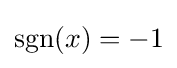
\operatorname {sgn}(x)=-1